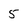
Character: 5